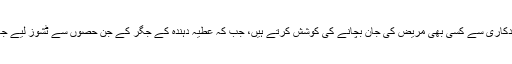
لہٰذا، ماہرین ِ جگر کے ٹکڑوں کی پیوندکاری سے کسی بھی مریض کی جان بچانے کی کوشش کرتے ہیں، جب کہ عطیہ دہندہ کے جگر کے جِن حصوں سے ٹشوز لیے جاتے ہیں وہاں وہ خود بخود اُگ آتے ہیں۔